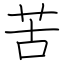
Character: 苦